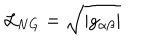
{ \cal L } _ { N G } = \sqrt { | g _ { \alpha \beta } | }